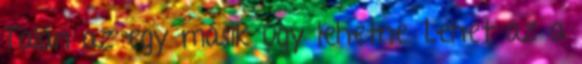
Talán az egy másik ügy lehetne. Lehet az a